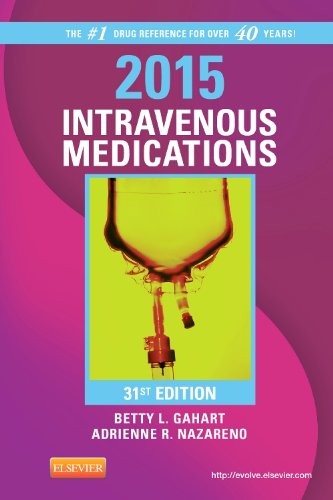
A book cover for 2015 Intravenous Medications: A Handbook for Nurses and Health Professionals, 31e; Betty L. Gahart RN; Medical Books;